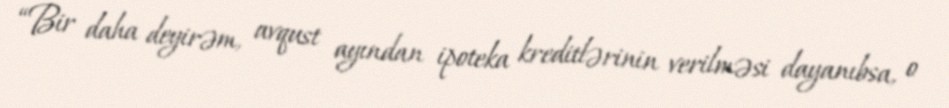
“Bir daha deyirəm, avqust ayından ipoteka kreditlərinin verilməsi dayanıbsa, o